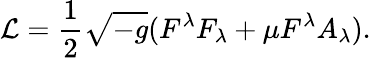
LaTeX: {\cal L}={\frac{1}{2}}\sqrt{-g}(F^{\lambda}F_{\lambda}+\mu F^{\lambda}A_{\lambda}).